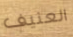
العنيف